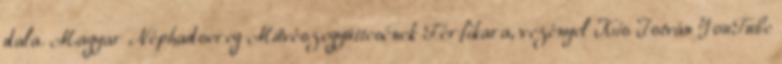
dala. Magyar Néphadsereg Művészegyüttesének Férfikara, vezényel Kis István YouTube